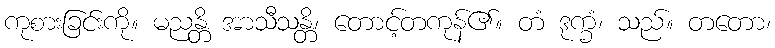
ကုစားခြင်းကို။ မညန္တိ အာသီသန္တိ၊ တောင့်တကုန်၏။ တံ ဒုက္ခံ၊ သည်။ တတော၊